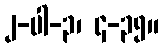
၂-ပါ-၃၊ ၄-၃၅။